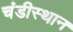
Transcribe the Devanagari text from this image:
चंडीस्थान